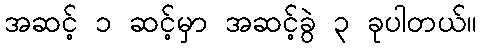
အဆင့် ၁ ဆင့်မှာ အဆင့်ခွဲ ၃ ခုပါတယ်။